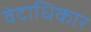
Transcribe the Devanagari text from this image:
वेदाधिकार